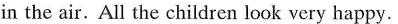
in the air.All the children look very happy.